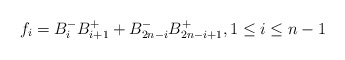
\begin{align*}f_{i}=B_{i}^{-}B_{i+1}^{+}+B_{2n-i}^{-}B_{2n-i+1}^{+},1\leq i\leq n-1\end{align*}